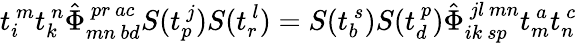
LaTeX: t_{i}^{~m}t_{k}^{~n}\hat{\Phi}_{mn~bd}^{~pr~ac}S(t_{p}^{~j})S(t_{r}^{~l})=S(t_{b}^{~s})S(t_{d}^{~p})\hat{\Phi}_{ik~sp}^{~jl~mn}t_{m}^{~a}t_{n}^{~c}